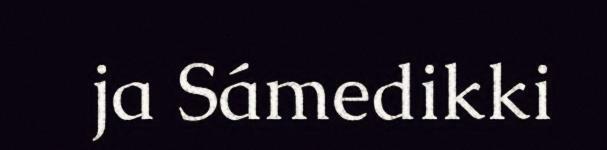
ja Sámedikki